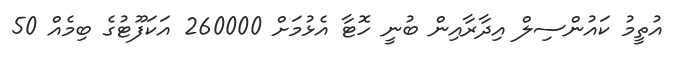
އުތީމު ކައުންސިލް އިދާރާއިން ބުނީ ހޮޓާ އެޅުމަށް 260000 އަކަފޫޓުގެ ބިމެއް 50